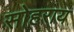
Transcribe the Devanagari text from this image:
सोहराय